Lunatic asylums United Provinces 1909-1921 - 1909-1921
Year: 1909
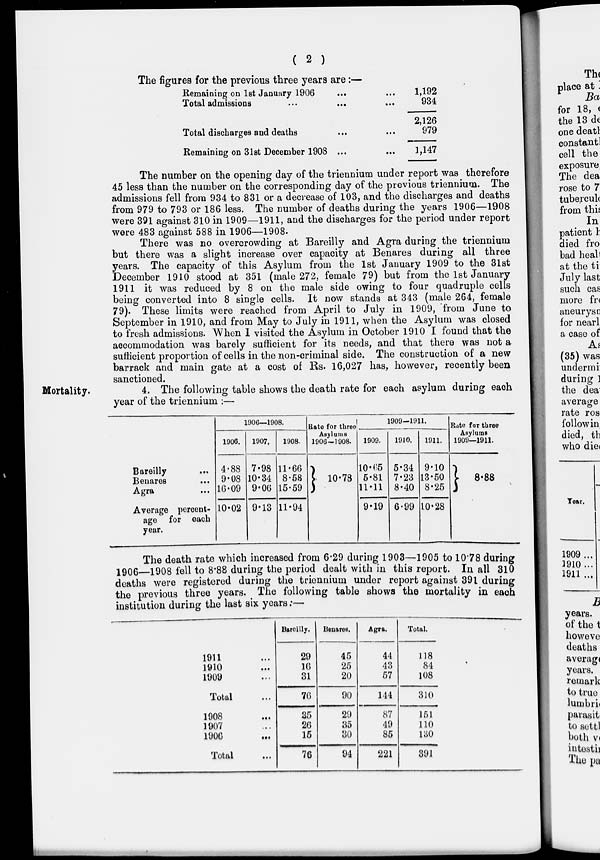
( 2 )
The figures for the previous three years are:—
Remaining on 1st January 1906 ... ...
Total admissions ... ... ...
Total discharges and deaths ... ...
Remaining on 31st December 1908 ... ...
1,192
934
2,126
979
1,147
The number on the opening day of the triennium under report was therefore
45 less than the number on the corresponding day of the previous triennium. The
admissions fell from 934 to 831 or a decrease of 103, and the discharges and deaths
from 979 to 793 or 186 less. The number of deaths during the years 1906—1908
were 391 against 310 in 1909—1911, and the discharges for the period under report
were 483 against 588 in 1906—1908.
There was no overcrowding at Bareilly and Agra during the triennium
but there was a slight increase over capacity at Benares during all three
years. The capacity of this Asylum from the 1st January 1909 to the 31st
December 1910 stood at 351 (male 272, female 79) but from the 1st January
1911 it was reduced by 8 on the male side owing to four quadruple cells
being converted into 8 single cells. It now stands at 343 (male 264, female
79). These limits were reached from April to July in 1909, from June to
September in 1910, and from May to July in 1911, when the Asylum was closed
to fresh admissions. When I visited the Asylum in October 1910 I found that the
accommodation was barely sufficient for its needs, and that there was not a
sufficient proportion of cells in the non-criminal side. The construction of a new
barrack and main gate at a cost of Rs. 16,027 has, however, recently been
sanctioned.
Mortality.
4. The following table shows the death rate for each asylum during each
year of the triennium :—
Bareilly
...
Benares ...
Agra ...
Average percent-
age for each
year.
1906—1908.
1906.
4.88
9.08
16.09
10.02
1907.
7.98
10.34
9.06
9.13
1908.
11.66
8.58
15.59
11.94
Rate for three
Asylums
1906—1908.
10.78
1909—1911.
1909.
10.65
5.81
11.11
9.19
1910.
5.34
7.23
8.40
6.99
1911.
9.10
13.50
8.25
10.28
Rate for three
Asylums
1909—1911.
8.88
The death rate which increased from 6.29 during 1903—1905 to 10.78 during
1906—1908 fell to 8.88 during the period dealt with in this report. In all 310
deaths were registered during the triennium under report against 391 during
the previous three years. The following table shows the mortality in each
institution during the last six years:—
1911 ...
1910 ...
1909 ...
Total ...
1908 ...
1907 ...
1906 ...
Total ...
Bareilly.
29
16
31
76
35
26
15
76
Benares.
45
25
20
90
29
35
30
94
Agra.
44
43
57
144
87
49
85
221
Total.
118
84
108
310
151
110
130
391